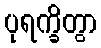
ပုရက္ခိတွာ